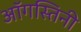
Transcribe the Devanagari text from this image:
ऑगस्तिनी